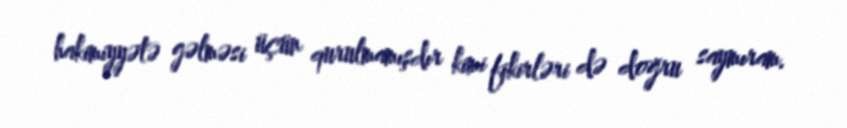
hakimiyyətə gəlməsi üçün qurulmamışdır kimi fikirləri də doğru saymıram.